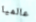
عالميا